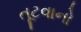
તૂટવાનો